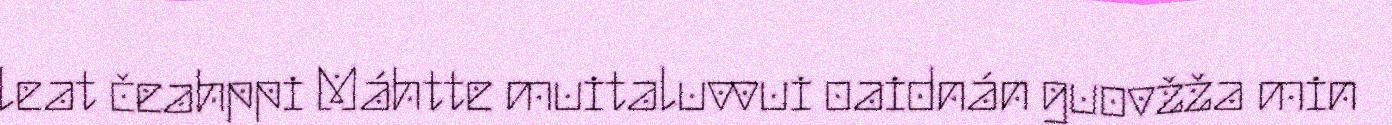
leat čeahppi Máhtte muitaluvvui oaidnán guovžža min